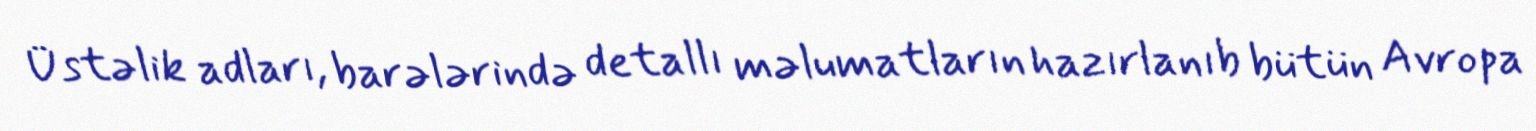
Üstəlik adları, barələrində detallı məlumatların hazırlanıb bütün Avropa